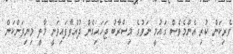
ވެރިކަން ކުރި އެންމެވެސް ގައުމީ ނަވުގެ މިސްރާބު ޖަހައިގެން ދުއްވާފައިވަނީ މާލީ މިނިވަންކަން